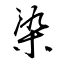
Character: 染